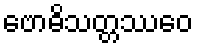
ဗောဓိသတ္တဿေဝ